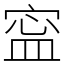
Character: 寍